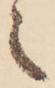
え